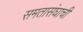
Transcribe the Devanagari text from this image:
समतासंघाची